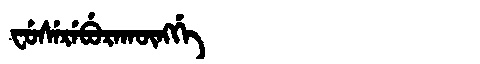
Manchu: ᠸᡠᠰᡝᡵᡝᠪᡠᡵᠠᡴᡡᠩᡤᡝ
Romanization: FUSEREBURAKŪNGGE